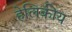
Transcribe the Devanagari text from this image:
हेलिकीय